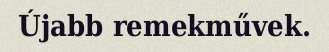
Újabb remekművek.